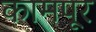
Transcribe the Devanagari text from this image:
कामपूर